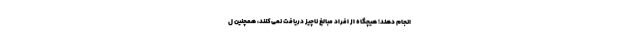
انجام دهند؛ هیچگاه از افراد مبالغ ناچیز دریافت نمی‌کنند، همچنین ل